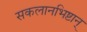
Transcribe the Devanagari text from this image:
सकलानभिष्टान्